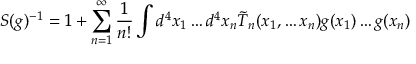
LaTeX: S ( g ) ^ { - 1 } = 1 + \sum _ { n = 1 } ^ { \infty } \frac { 1 } { n ! } \int d ^ { 4 } x _ { 1 } \ldots d ^ { 4 } x _ { n } \tilde { T } _ { n } ( x _ { 1 } , \ldots x _ { n } ) g ( x _ { 1 } ) \ldots g ( x _ { n } )